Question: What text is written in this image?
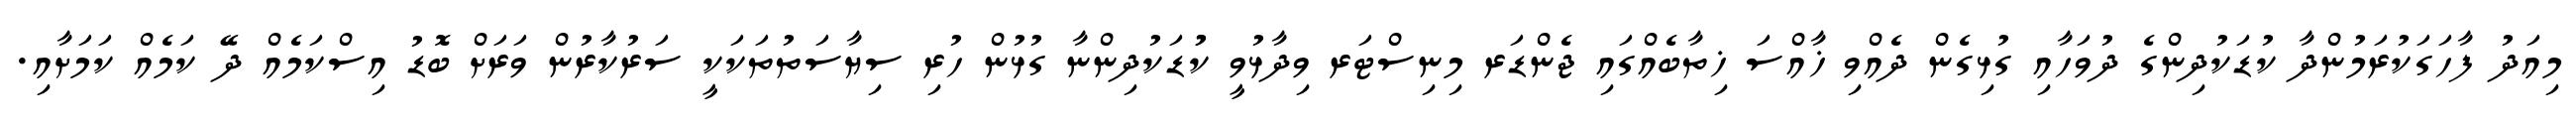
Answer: މިއަދު ފާހަގަކުރަމުންދާ ކުޑަކުދިންގެ ދުވަހާއި ގުޅިގެން ދެއްވި ޚާއްސަ ޚިތާބެއްގައި ޖެންޑަރ މިނިސްޓަރ ވިދާޅުވީ ކުުޑަކުދިންނާ ގުޅުން ހުރި ސިޔާސަތުތަކަކީ ސަރުކާރުން ވަރަށް ބޮޑު އިސްކަމެއް ދޭ ކަމެއް ކަމަށާއި.